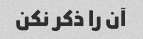
آن را ذکر نکن